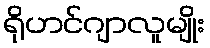
ရိုဟင်ဂျာလူမျိုး